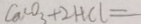
C a C O _ { 3 } + 2 H C l =